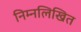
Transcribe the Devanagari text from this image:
निम्‍नलिखित